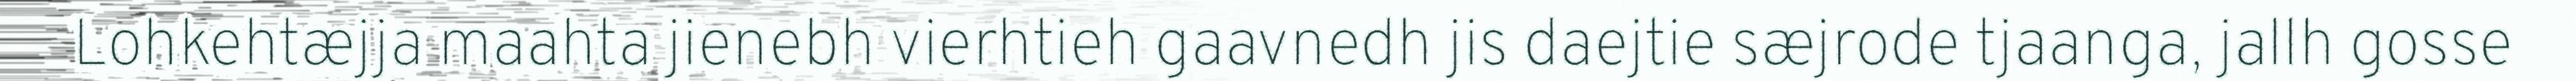
Lohkehtæjja maahta jienebh vierhtieh gaavnedh jis daejtie sæjrode tjaanga, jallh gosse